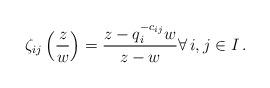
LaTeX: \begin{align*} \zeta_{ij}\left(\frac{z}{w}\right)=\frac{z-q_i^{-c_{ij}}w}{z-w} \forall\, i,j\in I \,.\end{align*}